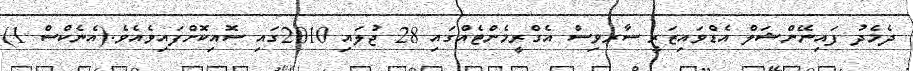
ދެމެދު ފައިނޭންޝަލް އެޑްވައިޒަރީ ސާރވިސް އެގްރީމެންޓެއްގައި 28 ޖުލައި 2010ގައި ސޮއިކޮށްފައިވެއެވެ.(އެނެކްސް 1)